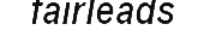
fairleads